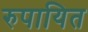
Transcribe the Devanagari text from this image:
रुपायित